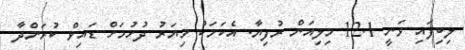
ލިބިފައި ވަނީ 12.1 މިލިއަން ރުފިޔާ. އެކަމަކު މިޔަރު ދުށުމަށް ޑައިވް ކުރަންދާ